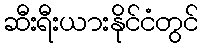
ဆီးရီးယားနိုင်ငံတွင်